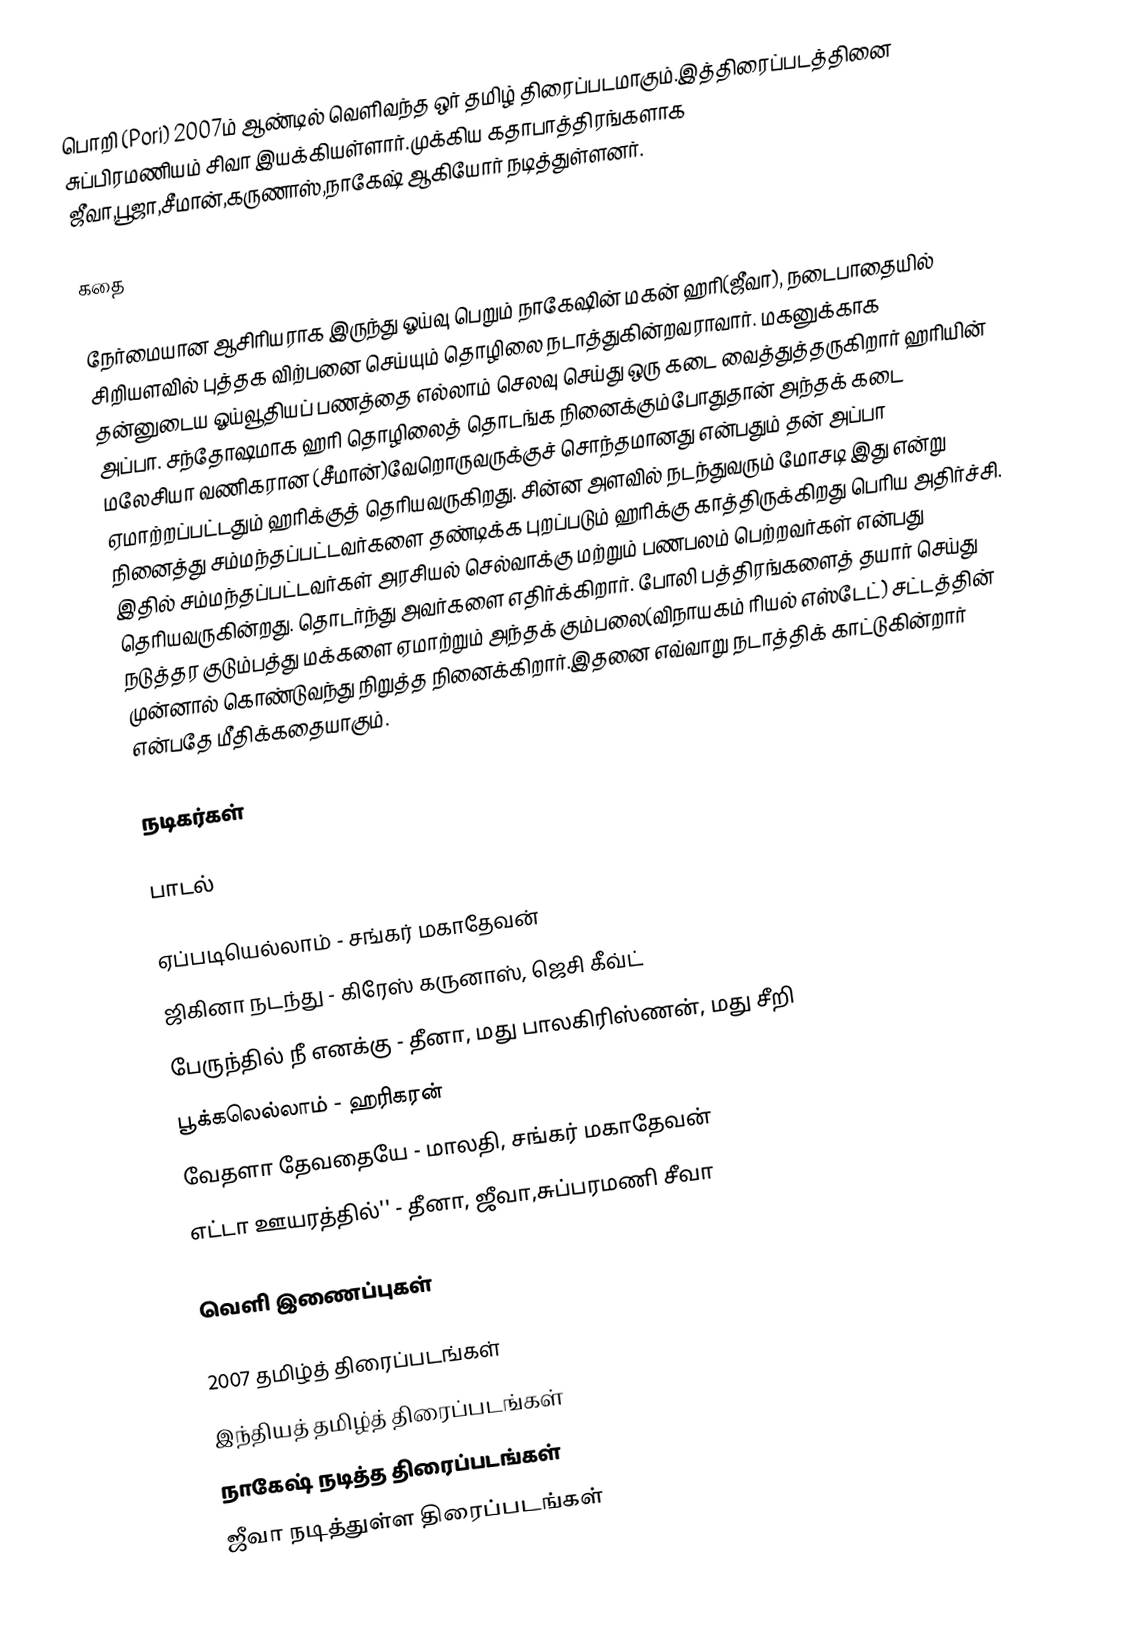
பொறி (Pori) 2007ம் ஆண்டில் வெளிவந்த ஒர் தமிழ் திரைப்படமாகும்.இத்திரைப்படத்தினை சுப்பிரமணியம் சிவா இயக்கியள்ளார்.முக்கிய கதாபாத்திரங்களாக  ஜீவா,பூஜா,சீமான்,கருணாஸ்,நாகேஷ் ஆகியோர் நடித்துள்ளனர்.

கதை

நேர்மையான ஆசிரியராக இருந்து ஓய்வு பெறும் நாகேஷின்  மகன் ஹரி(ஜீவா), நடைபாதையில் சிறியளவில் புத்தக விற்பனை செய்யும் தொழிலை நடாத்துகின்றவராவார். மகனுக்காக தன்னுடைய ஓய்வூதியப் பணத்தை எல்லாம் செலவு செய்து ஒரு கடை வைத்துத்தருகிறார் ஹரியின் அப்பா. சந்தோஷமாக ஹரி தொழிலைத் தொடங்க நினைக்கும்போதுதான் அந்தக் கடை மலேசியா வணிகரான (சீமான்)வேறொருவருக்குச் சொந்தமானது என்பதும் தன் அப்பா ஏமாற்றப்பட்டதும் ஹரிக்குத் தெரியவருகிறது. சின்ன அளவில் நடந்துவரும் மோசடி இது என்று நினைத்து சம்மந்தப்பட்டவர்களை தண்டிக்க புறப்படும் ஹரிக்கு காத்திருக்கிறது பெரிய அதிர்ச்சி. இதில் சம்மந்தப்பட்டவர்கள் அரசியல் செல்வாக்கு மற்றும் பணபலம் பெற்றவர்கள் என்பது தெரியவருகின்றது. தொடர்ந்து அவர்களை எதிர்க்கிறார். போலி பத்திரங்களைத் தயார் செய்து நடுத்தர குடும்பத்து மக்களை ஏமாற்றும் அந்தக் கும்பலை(விநாயகம் ரியல் எஸ்டேட்) சட்டத்தின் முன்னால் கொண்டுவந்து நிறுத்த நினைக்கிறார்.இதனை எவ்வாறு நடாத்திக் காட்டுகின்றார் என்பதே மீதிக்கதையாகும்.

நடிகர்கள்

பாடல்

 ஏப்படியெல்லாம் - சங்கர் மகாதேவன்
 ஜிகினா நடந்து - கிரேஸ் கருனாஸ், ஜெசி கீவ்ட்
 பேருந்தில் நீ எனக்கு - தீனா, மது பாலகிரிஸ்ணன், மது சீறி
 பூக்கலெல்லாம் - ஹரிகரன்
 வேதளா தேவதையே - மாலதி, சங்கர் மகாதேவன்
 எட்டா ஊயரத்தில்'' - தீனா, ஜீவா,சுப்பரமணி சீவா

வெளி இணைப்புகள்

2007 தமிழ்த் திரைப்படங்கள்
இந்தியத் தமிழ்த் திரைப்படங்கள்
நாகேஷ் நடித்த திரைப்படங்கள்
ஜீவா நடித்துள்ள திரைப்படங்கள்